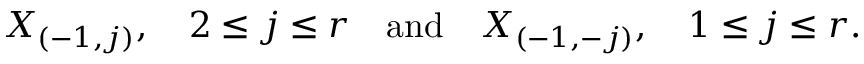
X _ { ( - 1 , j ) } , \quad 2 \leq j \leq r \quad \mathrm { a n d } \quad X _ { ( - 1 , - j ) } , \quad 1 \leq j \leq r .